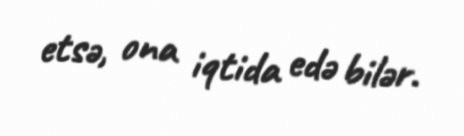
etsə, ona iqtida edə bilər.